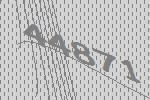
44871